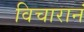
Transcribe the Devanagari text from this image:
विचारानं